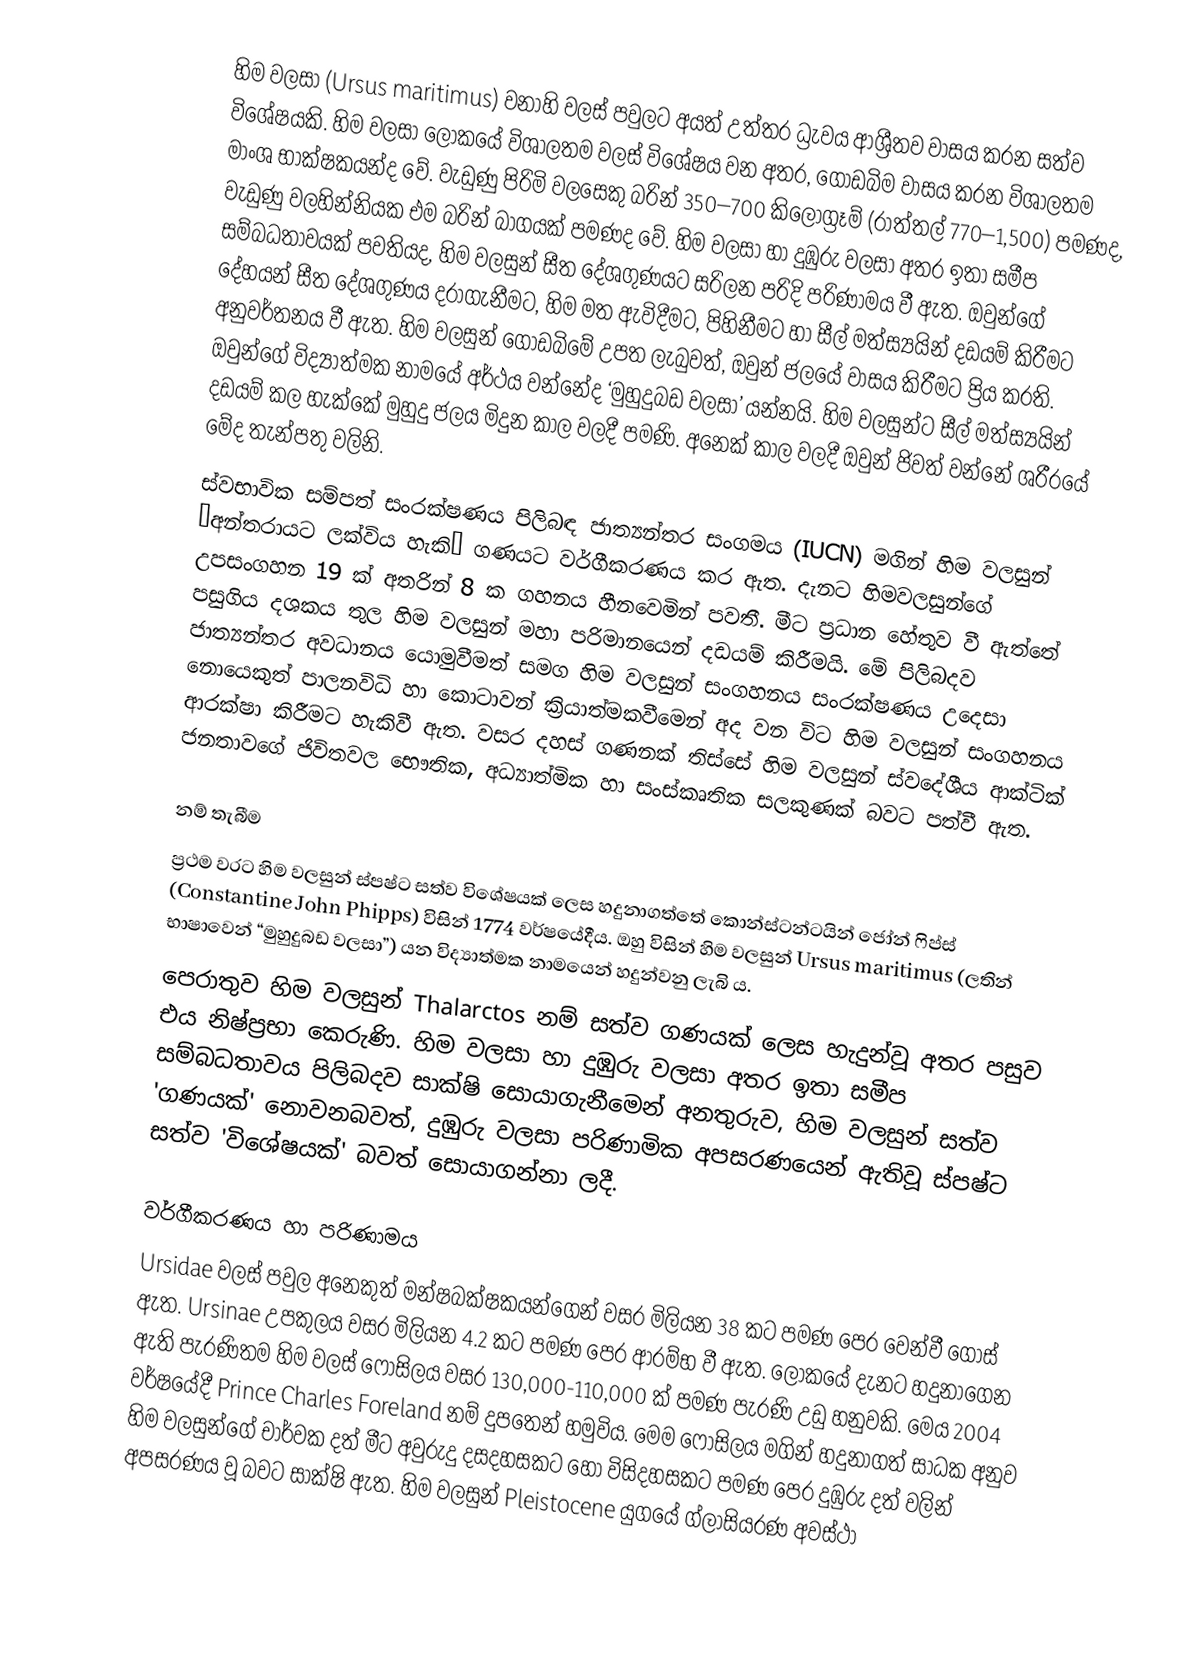
හිම වලසා (Ursus maritimus) වනාහි වලස් පවුලට අයත් උත්තර ධ්‍රැවය ආශ්‍රීතව වාසය කරන සත්ව විශේෂයකි. හිම වලසා ලෝකයේ විශාලතම වලස් විශේෂය වන අතර, ගොඩබිම වාසය කරන විශාලතම මාංශ භාක්ෂකයන්ද වේ.  වැඩුණු පිරිමි වලසෙකු බරින් 350–700 කිලෝග්‍රෑම් (රාත්තල් 770–1,500) පමණද, වැඩුණු වලහින්නියක එම බරින් බාගයක් පමණද වේ. හිම වලසා හා දුඹුරු වලසා අතර ඉතා සමීප සම්බධතාවයක් පවතියද, හිම වලසුන් සීත දේශගුණයට සරිලන පරිදි පරිණාමය වී ඇත. ඔවුන්ගේ දේහයන් සීත දේශගුණය දරාගැනීමට, හිම මත ඇවිදීමට, පිහිනීමට හා සීල් මත්ස්‍යයින් දඩයම් කිරීමට අනුවර්තනය වී ඇත. හිම වලසුන් ගොඩබිමේ උපත ලැබුවත්, ඔවුන් ජලයේ වාසය කිරීමට ප්‍රිය කරති. ඔවුන්ගේ විද්‍යාත්මක නාමයේ අර්ථය වන්නේද ‘මුහුදුබඩ වලසා’ යන්නයි. හිම වලසුන්ට සීල් මත්ස්‍යයින් දඩයම් කල හැක්කේ මුහුදු ජලය මිදුන කාල වලදී පමණි. අනෙක් කාල වලදී ඔවුන් ජිවත් වන්නේ ශරීරයේ මේද තැන්පතු වලිනි.
ස්වභාවික සම්පත් සංරක්ෂණය පිලිබඳ ජාත්‍යන්තර සංගමය (IUCN) මගින් හිම වලසුන් ‘අන්තරායට ලක්විය හැකි’ ගණයට වර්ගීකරණය කර ඇත. දැනට හිමවලසුන්ගේ උපසංගහන 19 ක් අතරින් 8 ක ගහනය හීනවෙමින් පවතී. මීට ප්‍රධාන හේතුව වී ඇත්තේ පසුගිය දශකය තුල හිම වලසුන් මහා පරිමානයෙන් දඩයම් කිරීමයි. මේ පිලිබදව ජාත්‍යන්තර අවධානය යොමුවීමත් සමග හිම වලසුන් සංගහනය සංරක්ෂණය උදෙසා නොයෙකුත් පාලනවිධි හා කොටාවන් ක්‍රියාත්මකවීමෙන් අද වන විට හිම වලසුන් සංගහනය ආරක්ෂා කිරීමට හැකිවී ඇත. වසර දහස් ගණනක් තිස්සේ හිම වලසුන් ස්වදේශීය ආක්ටික් ජනතාවගේ ජිවිතවල භෞතික, අධ්‍යාත්මික හා සංස්කෘතික සලකුණක් බවට පත්වී ඇත.

නම් තැබීම
ප්‍රථම වරට හිම වලසුන් ස්පෂ්ට සත්ව විශේෂයක් ලෙස හදුනාගත්තේ කොන්ස්ටන්ටයින් ජෝන් ෆිප්ස් (Constantine John Phipps) විසින් 1774 වර්ෂයේදීය. ඔහු විසින් හිම වලසුන් Ursus maritimus (ලතින් භාෂාවෙන් “මුහුදුබඩ වලසා”) යන විද්‍යාත්මක නාමයෙන් හදුන්වනු ලැබි ය.
පෙරාතුව හිම වලසුන් Thalarctos  නම් සත්ව ගණයක් ලෙස හැදුන්වූ අතර පසුව එය නිෂ්ප්‍රභා කෙරුණි. හිම වලසා හා දුඹුරු වලසා අතර ඉතා සමීප සම්බධතාවය පිලිබදව සාක්ෂි සොයාගැනීමෙන් අනතුරුව, හිම වලසුන් සත්ව 'ගණයක්' නොවනබවත්, දුඹුරු වලසා පරිණාමික අපසරණයෙන් ඇතිවූ ස්පෂ්ට සත්ව 'විශේෂයක්' බවත් සොයාගන්නා ලදී.

වර්ගීකරණය හා පරිණාමය
Ursidae වලස් පවුල අනෙකුත් මන්ෂබක්ෂකයන්ගෙන් වසර මිලියන 38 කට පමණ පෙර වෙන්වී ගොස් ඇත. Ursinae උපකුලය වසර මිලියන 4.2 කට පමණ පෙර ආරම්භ වී ඇත. ලෝකයේ දැනට හදුනාගෙන ඇති පැරණිතම හිම වලස් ෆොසිලය වසර 130,000-110,000 ක් පමණ පැරණි උඩු හනුවකි. මෙය 2004 වර්ෂයේදී Prince Charles Foreland නම් දුපතෙන් හමුවිය. මෙම ෆොසිලය මගින් හදුනාගත් සාධක අනුව හිම වලසුන්ගේ චාර්වක දත් මීට අවුරුදු දසදහසකට හෝ විසිදහසකට පමණ පෙර දුඹුරු දත් වලින් අපසරණය වූ බවට සාක්ෂි ඇත. හිම වලසුන් Pleistocene යුගයේ ග්ලාසියරණ අවස්ථා